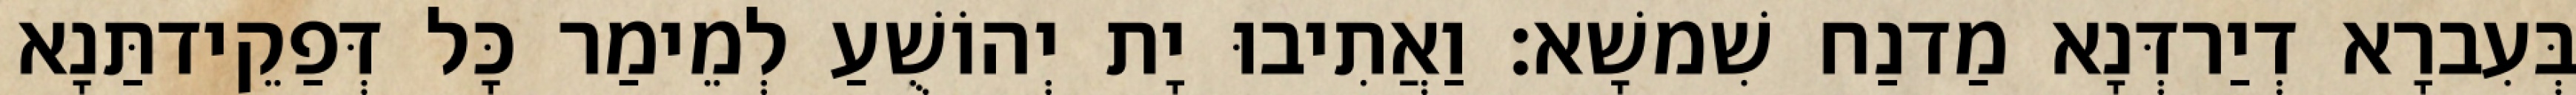
בְּעִברָא דְיַרדְּנָא מַדנַח שִׁמשָׁא׃ וַאֲתִיבוּ יָת יְהוֹשֻׁעַ לְמֵימַר כָּל דְּפַקֵידתַּנָא